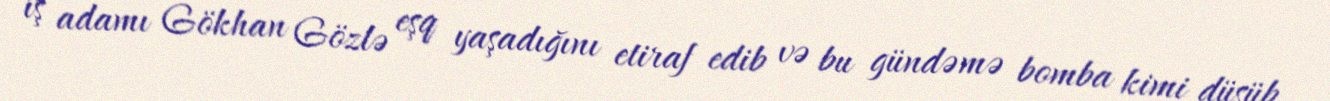
iş adamı Gökhan Gözlə eşq yaşadığını etiraf edib və bu gündəmə bomba kimi düşüb.